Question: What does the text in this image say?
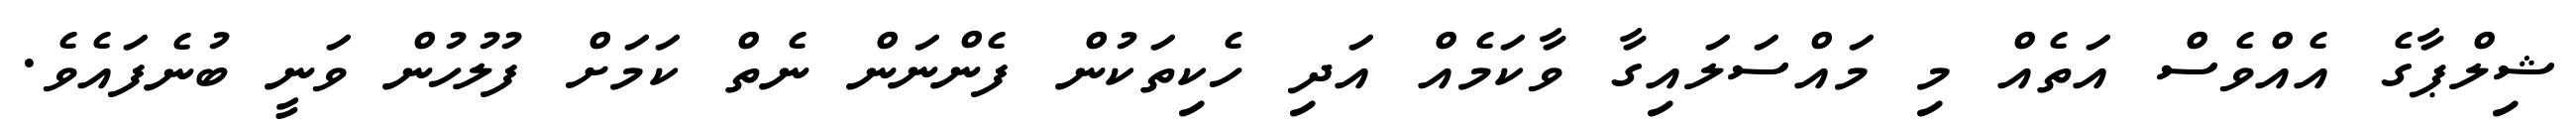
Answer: ޝިލްޕާގެ އެއްވެސް އަތެއް މި މައްސަލައިގާ ވާކަމެއް އަދި ހެކިތަކުން ފެންނަން ނެތް ކަމަށް ފުލުހުން ވަނީ ބުނެފައެވެ.